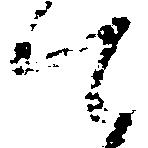
て